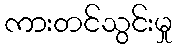
ကားတင်သွင်းမှု